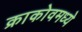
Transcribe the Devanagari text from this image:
क्राकोवमध्ये